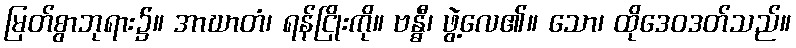
မြတ်စွာဘုရား၌။ အာဃာတံ၊ ရန်ငြိုးကို။ ဗန္ဓီ၊ ဖွဲ့လေ၏။ သော၊ ထိုဒေဝဒတ်သည်။